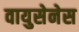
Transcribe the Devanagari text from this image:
वायुसेनेस